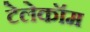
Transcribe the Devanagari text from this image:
टेलेकॉम